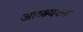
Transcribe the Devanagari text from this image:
आव्श्यक्स